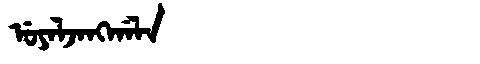
Manchu: ᡠᠶᠠᠯᠵᠠᠩᡤᠠᠯᠠ
Romanization: UYALJANGGALA